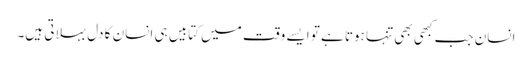
انسان جب کبھی بھی تنہا ہوتا ہے تو ایسے وقت میں کتابیں ہی انسان کا دل بہلاتی ہیں۔